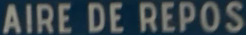
AIRE DE REPOS